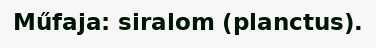
Műfaja: siralom (planctus).